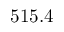
5 1 5 . 4